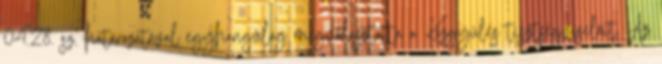
04.28. sz. határozatával egyhangúlag megválasztotta a Közgyűlés tisztségviselőit. Az